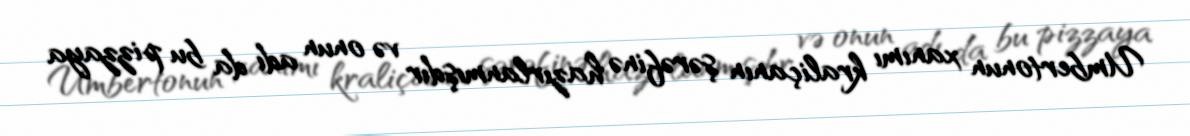
Umbertonun xanımı kraliçanın şərəfinə hazırlanmışdır və onun adı da bu pizzaya